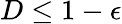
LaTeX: D\le 1-\epsilon